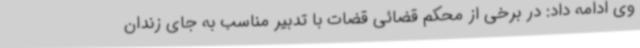
وی ادامه داد: در برخی از محکم قضائی قضات با تدبیر مناسب به جای زندان